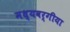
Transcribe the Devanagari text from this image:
मध्यवर्गीया